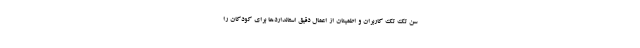
سن تک تک کاربران و اطمینان از اعمال دقیق استانداردها برای کودکان را